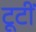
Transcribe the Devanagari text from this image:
टूटीं